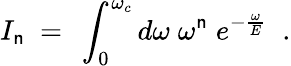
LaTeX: I_{\mathsf{n}}~=~\int_{0}^{\omega_{c}}d\omega\; \omega^{\mathsf{n}}\; e^{-\frac{{\omega}}{{E}}}\; \; .